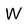
Character: W